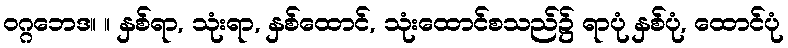
ဝဂ္ဂဘေဒ။ ။ နှစ်ရာ, သုံးရာ, နှစ်ထောင်, သုံးထောင်စသည်၌ ရာပုံ နှစ်ပုံ, ထောင်ပုံ